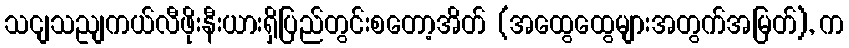
သငျသညျကယ်လီဖိုးနီးယားရှိပြည်တွင်းစတော့အိတ် (အထွေထွေများအတွက်အမြတ်), က